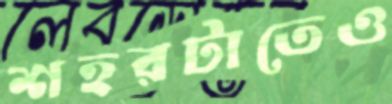
শহরটাতেও